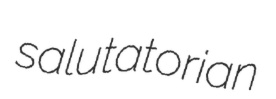
salutatorian